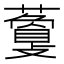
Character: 𧁰